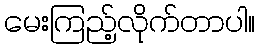
မေးကြည့်လိုက်တာပါ။